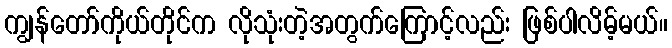
ကျွန်တော်ကိုယ်တိုင်က လိုသုံးတဲ့အတွက်ကြောင့်လည်း ဖြစ်ပါလိမ့်မယ်။